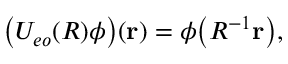
\bigl ( U _ { e o } ( R ) \phi \bigr ) ( { \mathbf { r } } ) = \phi \bigl ( R ^ { - 1 } { \mathbf { r } } \bigr ) ,